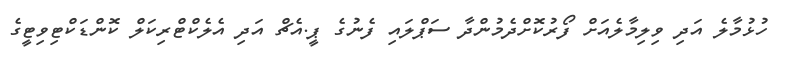
ހުޅުމާލެ އަދި ވިލިމާލެއަށް ފޯރުކޮށްދެމުންދާ ސަޕްލައި ފެނުގެ ޕީ.އެޗް އަދި އެލެކްޓްރިކަލް ކޮންޑަކްޓިވިޓީގެ